Lunatic asylums in Bengal annual reports 1912-1924 - 1912-1924
Year: 1912
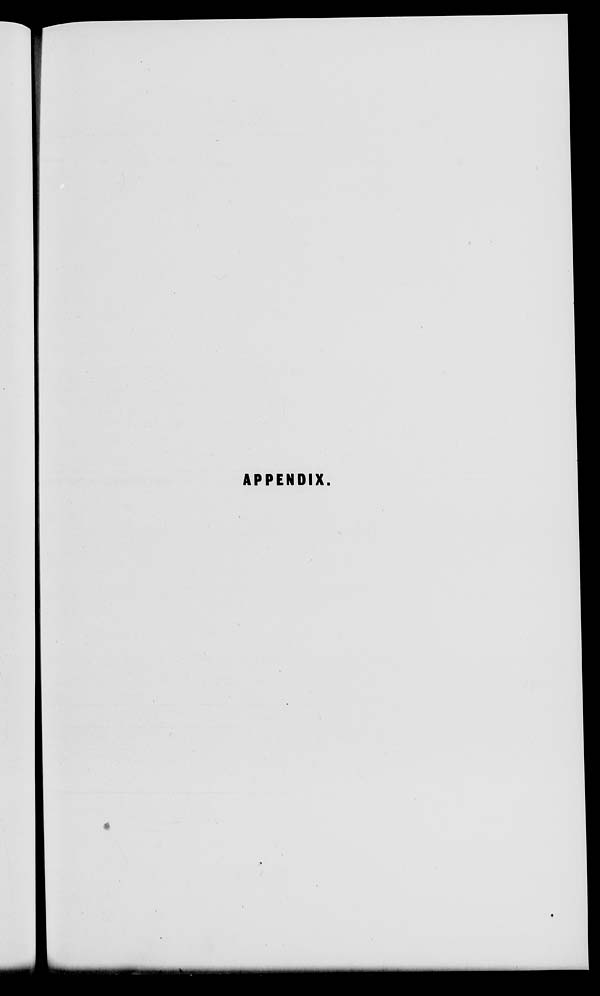
APPENDIX.